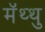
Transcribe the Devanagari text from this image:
मॅथ्थु